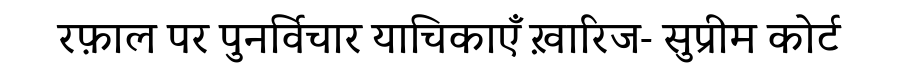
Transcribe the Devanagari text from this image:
रफ़ाल पर पुनर्विचार याचिकाएँ ख़ारिज- सुप्रीम कोर्ट